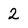
Character: 2